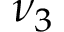
\nu _ { 3 }